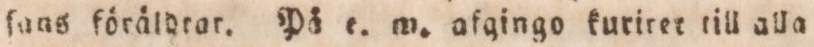
ſaas förälhrar. På e. w. afgingo kuriret till alla